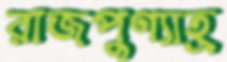
রাজপুণ্যাহ্র